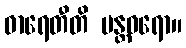
ဓာရေတီတိ မန္တဓရော။